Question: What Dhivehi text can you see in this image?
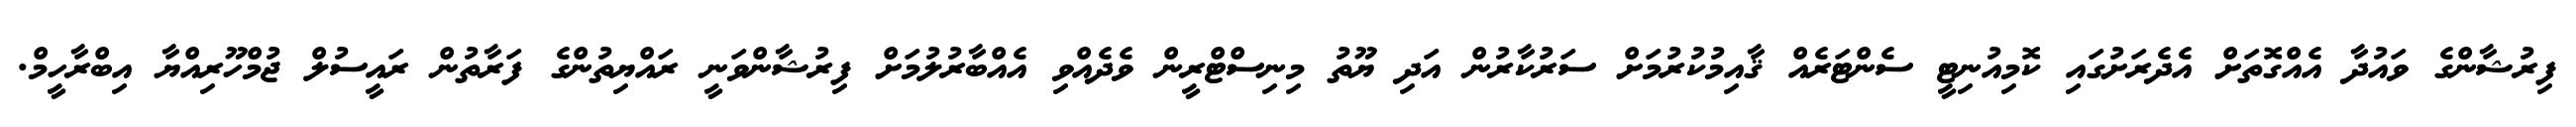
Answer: ފިރުޝާންގެ ވައުދާ އެއްގޮތަށް އެދެރަށުގައި ކޮމިއުނިޓީ ސެންޓަރެއް ޤާއިމުކުރުމަށް ސަރުކާރުން އަދި ޔޫތު މިނިސްޓްރީން ވެދެއްވި އެއްބާރުލުމަށް ފިރުޝާންވަނީ ރައްޔިތުންގެ ފަރާތުން ރައީސުލް ޖުމްހޫރިއްޔާ އިބްރާހީމް.